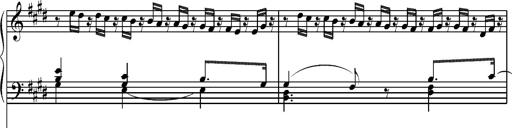
Title: Pilgerchor aus TannhÃ¤user
Composer: Franz Liszt